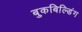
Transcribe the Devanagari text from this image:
बुकबिल्डिंग